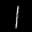
Label: 1